Madras plague regulations in force outside the Presidency town - Volume 2
Disease focus: Plague
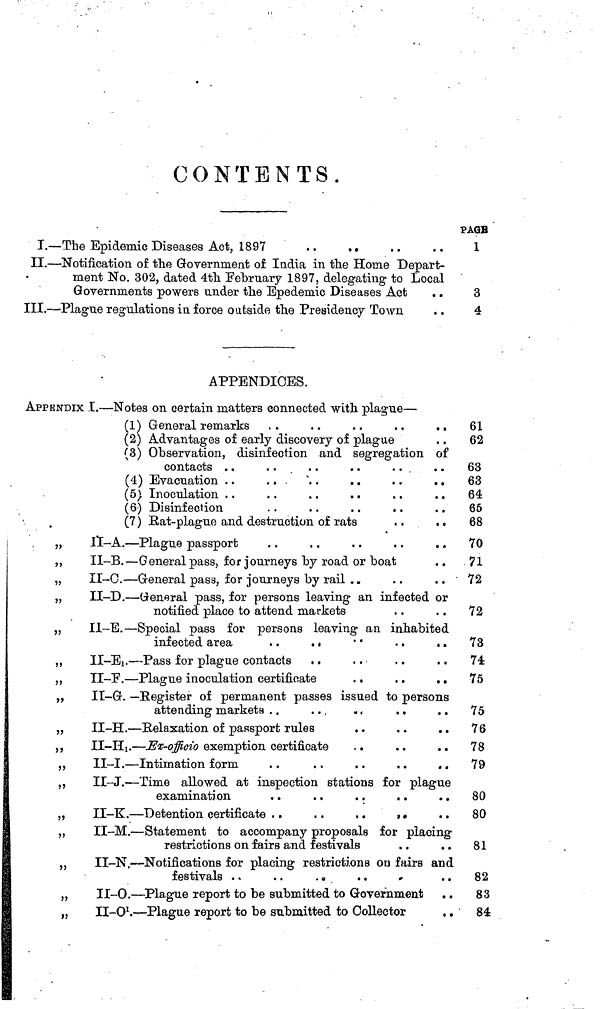
CONTENTS.
PAGE
I.—The Epidemic Diseases Act, 1897
..
.,
..
..
1
II.—Notification of the Government of India in the Home Depart-
ment No. 302, dated 4th February 1897, delegating to Local
Governments powers ander the Epedemic Diseases Act
..
3
III.—Plague regulations in force outside the Presidency Town
..
4
APPENDICES.
APPENDIX I.—Notes on certain matters connected with plague—
(1) General remarks ..
..
..
..
.. 61
(2) Advantages of early discovery of plague
..
62
(3) Observation, disinfection and segregation of
contacts ..
....
..
..
.. 63
(4) Evacuation ..
63
(5) Inoculation ..
..
..
..
.. 64
(6) Disinfection
65
(7) Bat-plague and destruction of rats
..
..
68
„ II—A.—Plague passport
..
..
..
..
.. 70
„
II-B.—General pass, for journeys by road or boat
..
71
„
II-C.—General pass, for journeys by rail .
..
.. 72
„
II-D.—General pass, for persons leaving an infected or
notified place to attend markets
..
.. 72
„ II-E.—Special pass for persons leaving an inhabited
infected area
..
..
• •
..
..
73
„
II-E 1 .—Pass for plague contacts ..
..
..
.. 74
,,
II-F.—Plague inoculation certificate
.,
..
.. 75
,,
II-G. — Register of permanent passes issued to persons
attending markets ..
...
..
..
.. 75
,,
II-H.—Relaxation of passport rules
..
,.
.. 76
„
II-H 1 .—Ex-offioio exemption certificate
..
..
.. 78
,,
II-I.—Intimation form
..
..
..
..
.. 79
,,
II-J.—Time allowed at inspection stations for plague
examination
..
..
..
..
.. 80
„
II-K.—Detention certificate ..
..
..
..
.. 80
,,
II-M.—Statement to accompany proposals for placing
restrictions on fairs and festivals
..
.. 81
,,
II-N.—Notifications for placing restrictions on fairs and
festivals ..
..
..
.. 82
„
II-O.—Plague report to be submitted to Government ..
83
„
II-O 1 .—Plague report to be submitted to Collector
,.
84